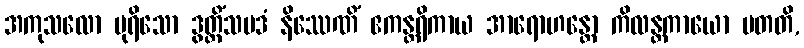
အကုသလော ပုရိသော ဒွတ္တိံသပဒံ နိဿေဏိံ ဧကန္တရိကာယ အာရောဟန္တော ကိလန္တကာယော ပတတိ,